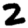
Digit: 2